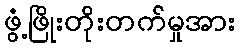
ဖွံ့ဖြိုးတိုးတက်မှုအား